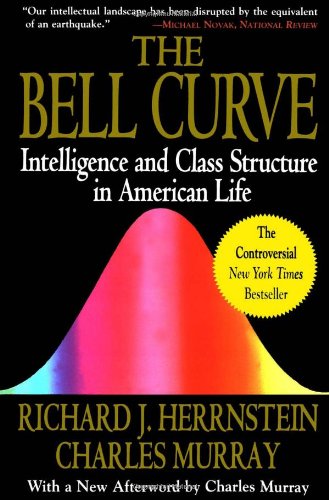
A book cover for Bell Curve: Intelligence and Class Structure in American Life (A Free Press Paperbacks Book); Richard J. Herrnstein; Politics & Social Sciences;